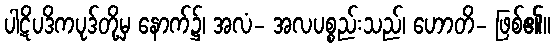
ပါဋိပဒိကပုဒ်တို့မှ နောက်၌၊ အလံ- အလပစ္စည်းသည်၊ ဟောတိ- ဖြစ်၏။